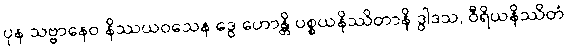
ပုန သဗ္ဗာနေဝ နိဿယဝသေန ဒွေ ဟောန္တိ ပစ္စယနိဿိတာနိ ဒွါဒသ, ဝီရိယနိဿိတံ